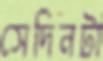
সেদিনটা